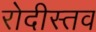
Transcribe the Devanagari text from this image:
रोदीस्तव